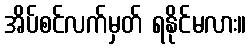
အိပ်စင်လက်မှတ် ရနိုင်မလား။